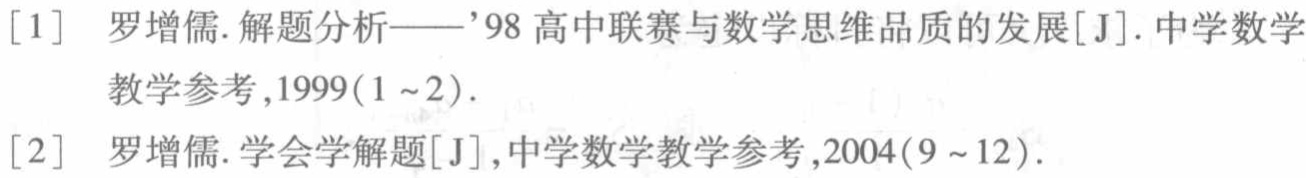
[1] 罗增儒. 解题分析——’98 高中联赛与数学思维品质的发展[J]. 中学数学教学参考,1999(1~2).
[2] 罗增儒. 学会学解题[J],中学数学教学参考,2004(9~12).